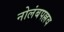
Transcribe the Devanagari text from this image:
नोलंबपल्लव